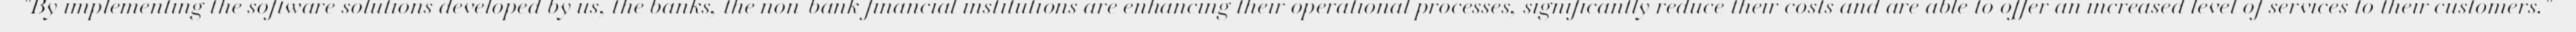
"By implementing the software solutions developed by us, the banks, the non-bank financial institutions are enhancing their operational processes, significantly reduce their costs and are able to offer an increased level of services to their customers."